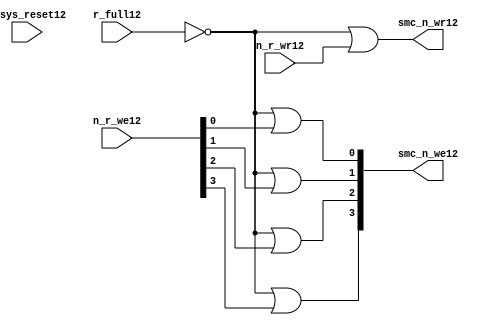
//File12 name   : smc_wr_enable_lite12.v
//Title12       : 
//Created12     : 1999
//Description12 : 
//Notes12       : 
//----------------------------------------------------------------------
//   Copyright12 1999-2010 Cadence12 Design12 Systems12, Inc12.
//   All Rights12 Reserved12 Worldwide12
//
//   Licensed12 under the Apache12 License12, Version12 2.0 (the
//   "License12"); you may not use this file except12 in
//   compliance12 with the License12.  You may obtain12 a copy of
//   the License12 at
//
//       http12://www12.apache12.org12/licenses12/LICENSE12-2.0
//
//   Unless12 required12 by applicable12 law12 or agreed12 to in
//   writing, software12 distributed12 under the License12 is
//   distributed12 on an "AS12 IS12" BASIS12, WITHOUT12 WARRANTIES12 OR12
//   CONDITIONS12 OF12 ANY12 KIND12, either12 express12 or implied12.  See
//   the License12 for the specific12 language12 governing12
//   permissions12 and limitations12 under the License12.
//----------------------------------------------------------------------


  module smc_wr_enable_lite12 (

                      //inputs12                      

                      n_sys_reset12,
                      r_full12,
                      n_r_we12,
                      n_r_wr12,

                      //outputs12

                      smc_n_we12,
                      smc_n_wr12);

//I12/O12
   
   input             n_sys_reset12;   //system reset
   input             r_full12;    // Full cycle write strobe12
   input [3:0]       n_r_we12;    //write enable from smc_strobe12
   input             n_r_wr12;    //write strobe12 from smc_strobe12
   output [3:0]      smc_n_we12;  // write enable (active low12)
   output            smc_n_wr12;  // write strobe12 (active low12)
   
   
//output reg declaration12.
   
   reg [3:0]          smc_n_we12;
   reg                smc_n_wr12;

//----------------------------------------------------------------------
// negedge strobes12 with clock12.
//----------------------------------------------------------------------
      

//----------------------------------------------------------------------
      
//--------------------------------------------------------------------
// Gate12 Write strobes12 with clock12.
//--------------------------------------------------------------------

  always @(r_full12 or n_r_we12)
  
  begin
  
     smc_n_we12[0] = ((~r_full12  ) | n_r_we12[0] );

     smc_n_we12[1] = ((~r_full12  ) | n_r_we12[1] );

     smc_n_we12[2] = ((~r_full12  ) | n_r_we12[2] );

     smc_n_we12[3] = ((~r_full12  ) | n_r_we12[3] );

  
  end

//--------------------------------------------------------------------   
//write strobe12 generation12
//--------------------------------------------------------------------   

  always @(n_r_wr12 or r_full12 )
  
     begin
  
        smc_n_wr12 = ((~r_full12 ) | n_r_wr12 );
       
     end

endmodule // smc_wr_enable12